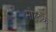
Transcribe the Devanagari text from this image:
मोळक